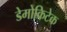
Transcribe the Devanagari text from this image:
डेमोक्रिटेक